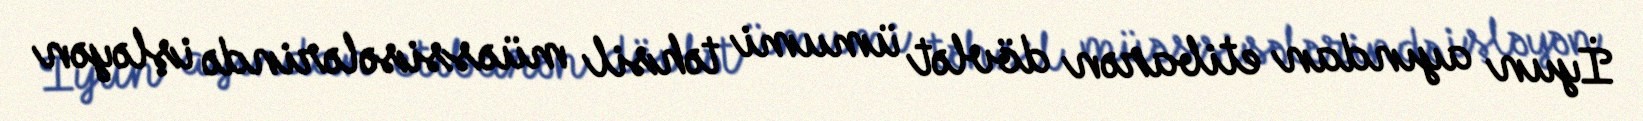
İyun ayından etibarən dövlət ümumi təhsil müəssisələrində işləyən